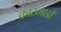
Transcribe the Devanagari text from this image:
काठमाडों